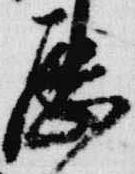
歴